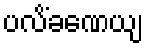
ပလိံခဏေယျ